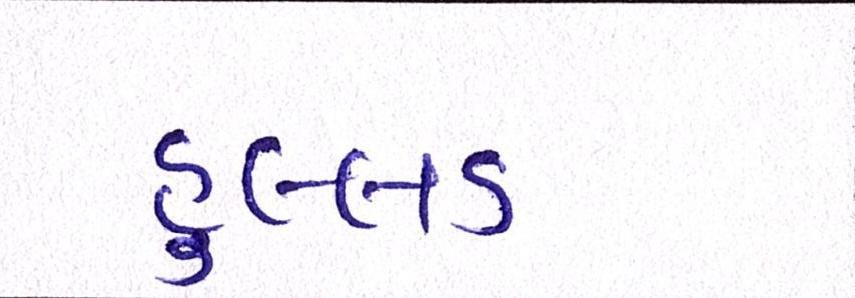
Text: હુલ્લડ